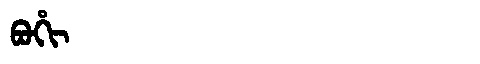
Manchu: ᠪᠣᡥᡳ
Romanization: BOHI